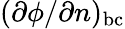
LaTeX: ({\partial\phi}/{\partial n})_{\mathrm{bc}}